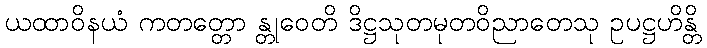
ယထာဝိနယံ ကတတ္တော န္တုဝေတိ ဒိဋ္ဌသုတမုတဝိညာတေသု ဥပဋ္ဌဟိန္တိ